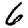
Digit: 6